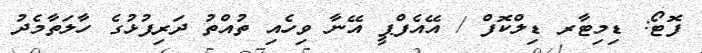
ފޮޓޯ: ޑިމިޓާރ ޑިލްކޮފް / އޭއެފްޕީ އޭނާ ވިހެއި ތުއްތު ދަރިފުޅުގެ ހާލަތާމެދު